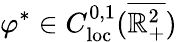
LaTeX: \varphi^{*}\in C_{\mathrm{loc}}^{0,1}(\overline{{\mathbb{R}_{+}^{2}}})